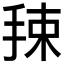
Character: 𰓯